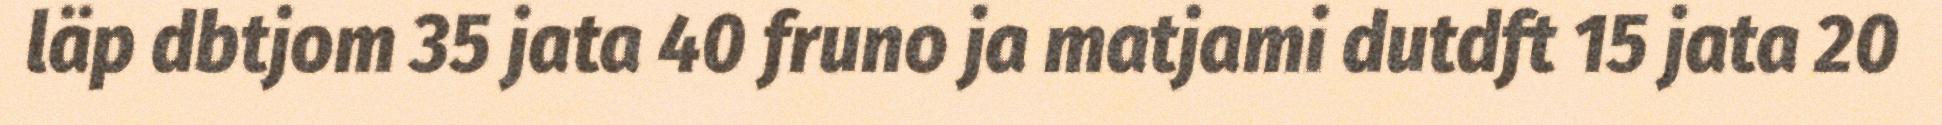
läp dbtjom 35 jata 40 fruno ja matjami dutdft 15 jata 20